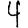
Digit: 4